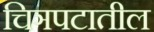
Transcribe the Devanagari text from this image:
चिञपटातील